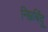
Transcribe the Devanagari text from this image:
निम्नबिंदु